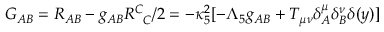
G _ { A B } = R _ { A B } - g _ { A B } R _ { \phantom { C } C } ^ { C } / 2 = - \kappa _ { 5 } ^ { 2 } [ - \Lambda _ { 5 } g _ { A B } + T _ { \mu \nu } \delta _ { A } ^ { \mu } \delta _ { B } ^ { \nu } \delta ( y ) ]